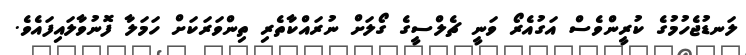
ލަނޑުޖެހުމުގެ ކުރީންވެސް އަގުއެރޯ ވަނީ ޗެލްސީގެ ގޯލަށް ނުރައްކާތެރި ތިންވަރަކަށް ހަމަލާ ފޮނުވާލައިފައެވެ.